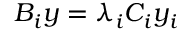
B _ { i } y = \lambda _ { i } C _ { i } y _ { i }